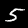
Label: 5